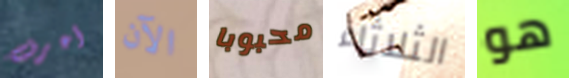
أعرف الآن محبوبا الثلاثاء هو